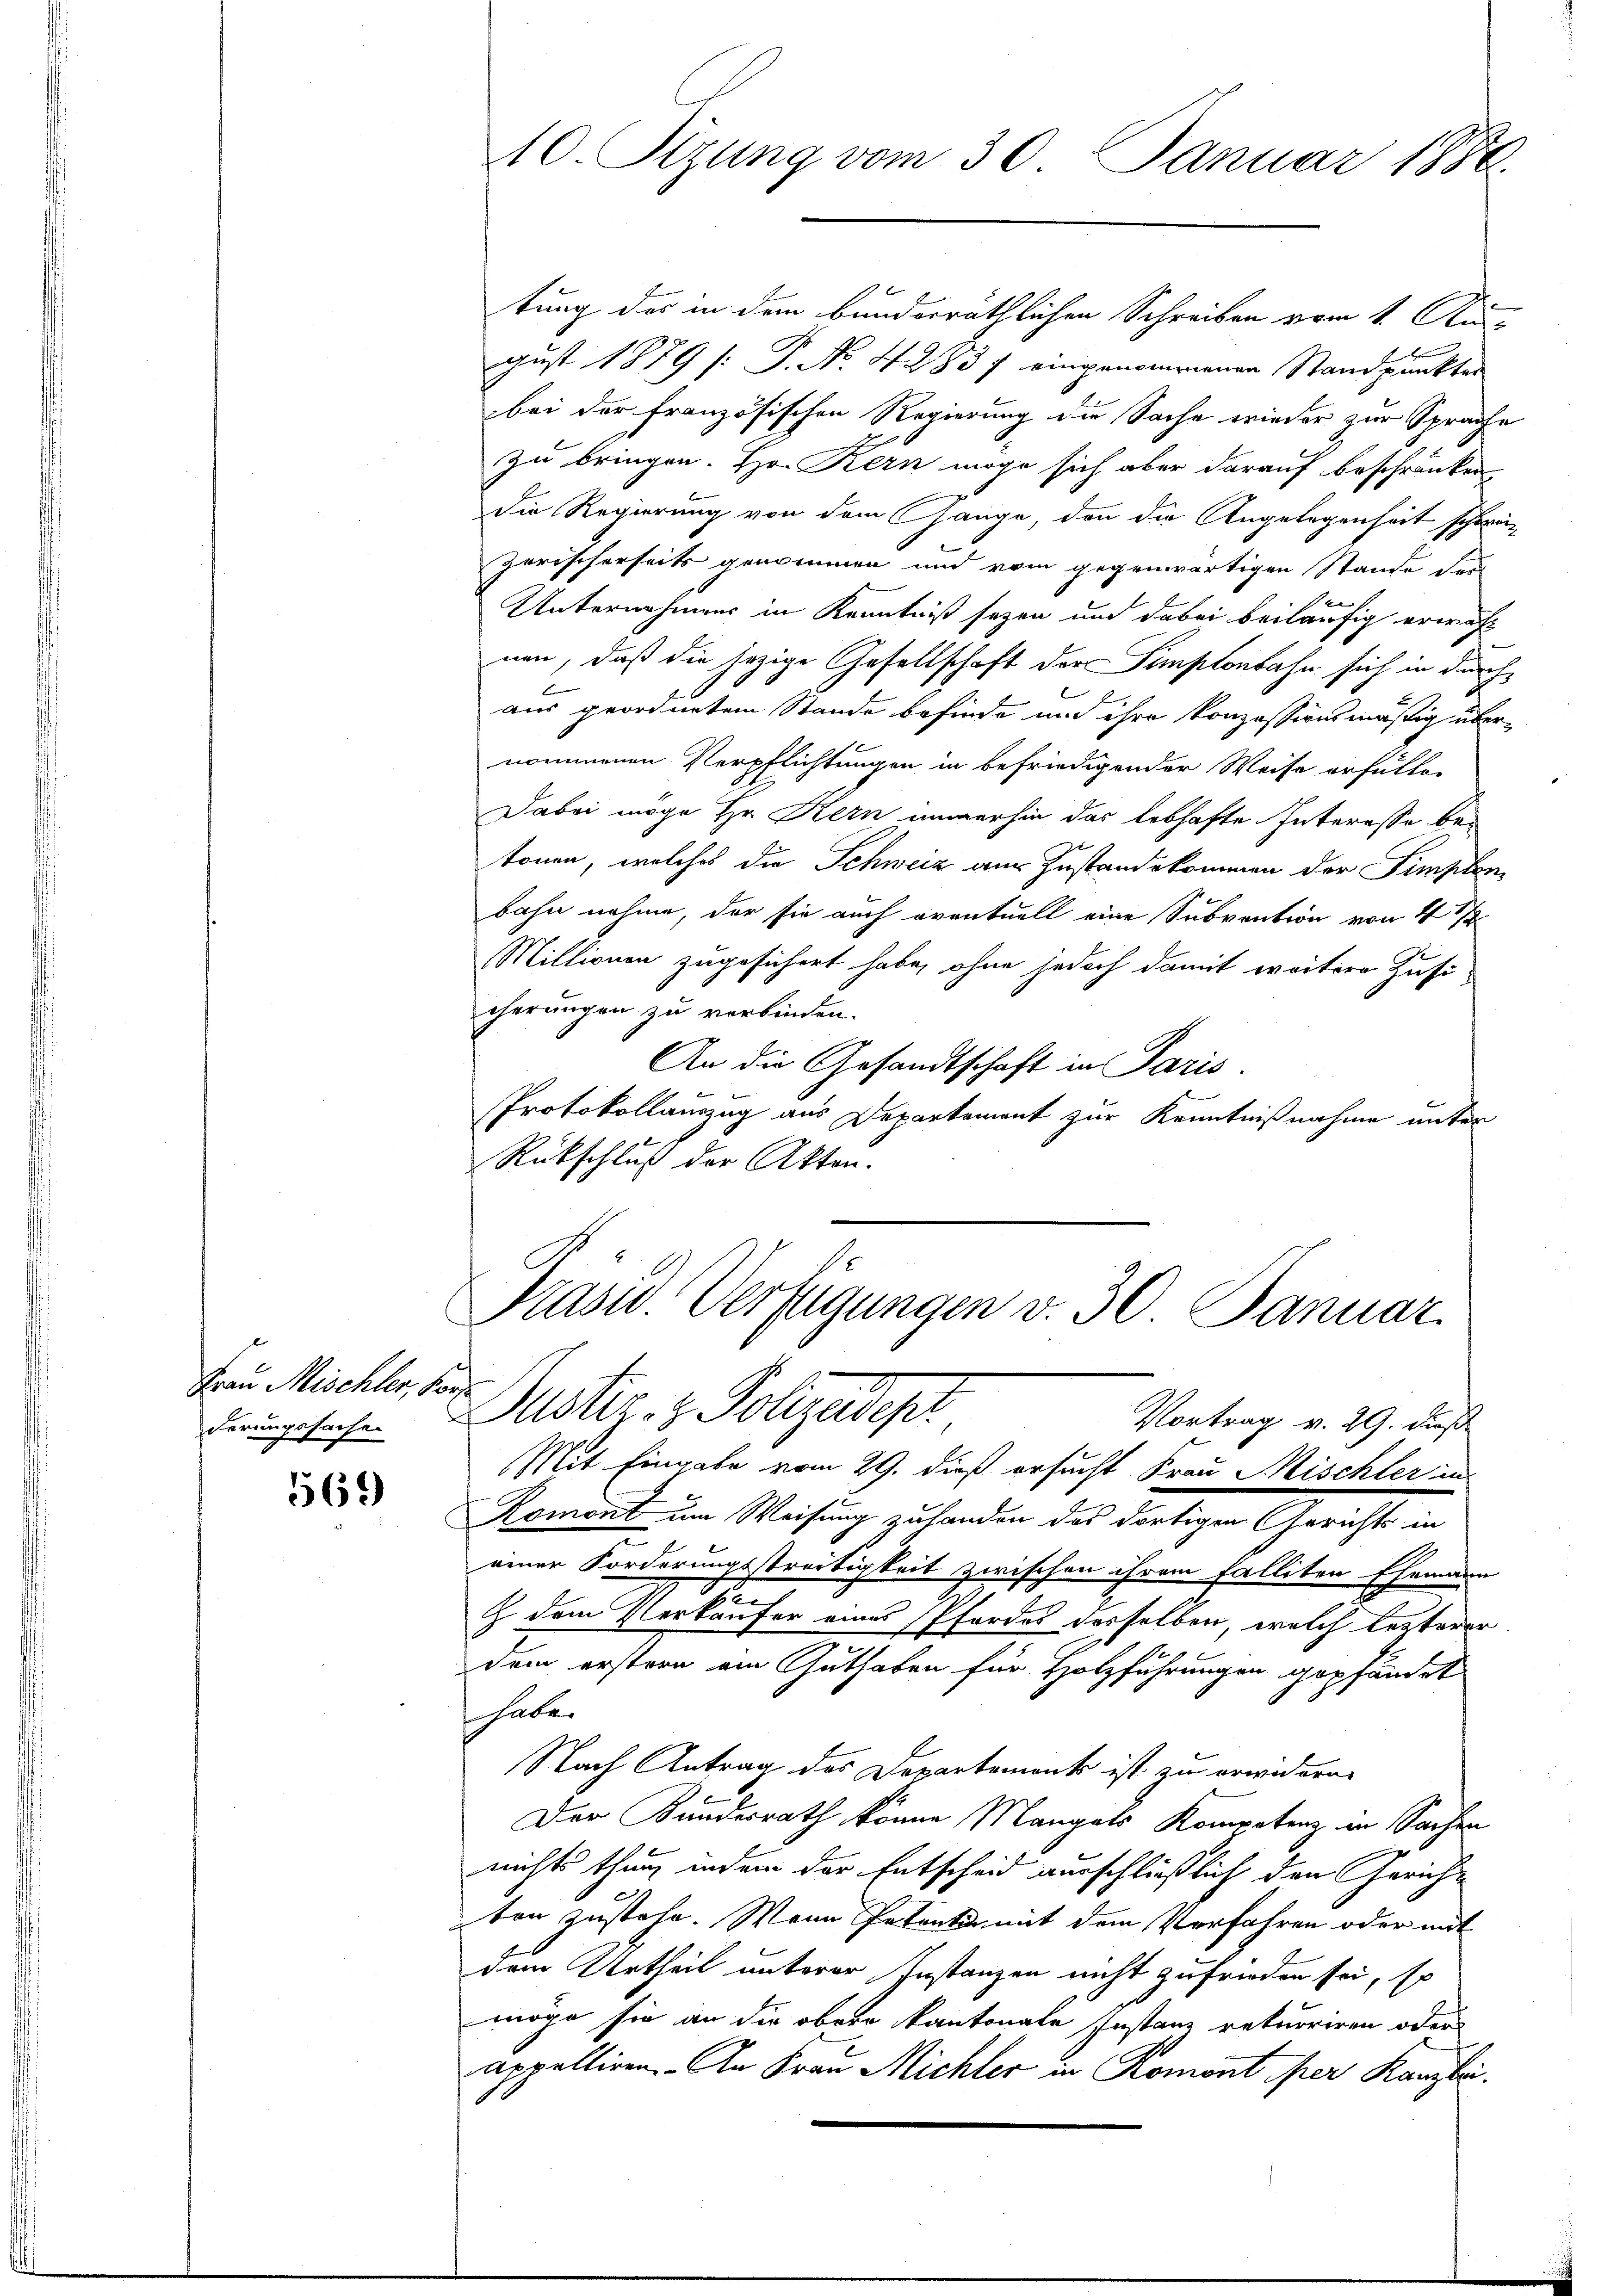
Frau Mischler, Por
derungssachen

1569)

10. Tizung vom 30. Januar 1880.

tung des in dem bunderräthlichen Schreiben vom 1. Au-
gust 1879 (: P. No. 4283 f eingenommenen Standpunkter
bei der französischen Regierung die Sache wieder zur Sprache
zu bringen. Hon Kern möge sich aber darauf beschränken
die Regierung von dem Gange, den die Angelegenheit schwein
zerischerseits genommen und vom gegenwärtigen Stande der
E
Unternehmens in Kenntniß sezen und dabei beiläufig erwähl
nen, daß die jezige Gesellschaft der Semptenbahn sich in durch
aus geordnetem Stande befinde und ihre konzessionsmäßig übernommenen Verpflichtungen in befriedigender Weise erfultor
Dabei möge Hr. Kern immerhin das lebhafte Interesse betonen, welches die Schweiz aus Zustandekommen der Simplen
bahn nahme, der sie auch eventuell eine Subvention von 4 1/2
Millionen zugesichert habe, ohne jedoch damit weitere Zusi-
cherungen zu verbinden.
An die Gesandtschaft in Paris.
Protokollanzug aus Departement zur Kenntnißnahme unter
Rückschluß der Akten.

Prasw. Verfügungen v. 30 Januar
Justiz- & Polizeidir
Vortrag v. 29. dieß

Mit Eingabe vom 29. dieß ersucht Frau Mischler in
Roment um Weisung zu landen das dortigen Gerichts in
einer Forderungsstreitigkeit zwischen ihrem Falliten Ehemann
.
Z dem Verkäufer eines Pfordes derselben, welch leiterer
dem erstern am Guthaben für Holzführungen gepfändet
haber
Nach Antrag des Departement ist zu erwideren.
Der Kundesrath könne Mangels Kompetenz in Sachen
nichts thun, indem der Entscheid verschließlich den Gericht
ten zustehe. Wenn Petenti mit dem Verfahren oder mit
dem Urtheil unterer Instanzen nicht zufrieden sei, so
möge sie an die obern kantonale Instanz rekurriren oder
appelliren. - An Frau Michler in Romont per Kanzlei.